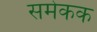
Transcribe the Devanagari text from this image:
समेकक